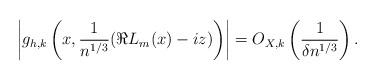
LaTeX: \begin{align*}\left|g_{h,k} \left( x, \frac{1}{ n^{1/3}} ( \Re L_m(x) - iz) \right)\right| = O_{X,k} \left( \frac{1}{ \delta n^{1/3} } \right) .\end{align*}